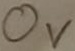
Text: 0V